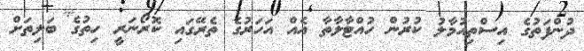
ދުންފަތުގެ އިސްތިއުމާލު ކުރުން ހުއްޓާލާތާ އެއް އަހަރުގެ ތެރޭގައި ކޮރޯނަރީ ހިތުގެ ބަލިތަށް